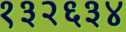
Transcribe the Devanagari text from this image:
१३२६३४